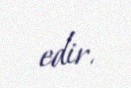
edir.